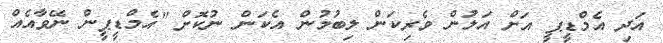
އަދި އެމްޑީޕީ އަށް އަލުން ވެރިކަން ލިބުމުން އެކަން ނުކޮށް "އެމްޑީޕީން ނޭވާއެއް